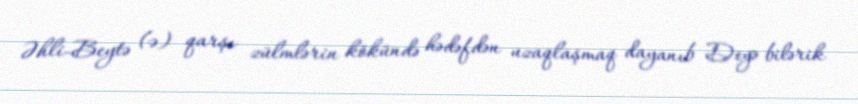
Əhli-Beytə (ə) qarşı zülmlərin kökündə hədəfdən uzaqlaşmaq dayanıb Deyə bilərik